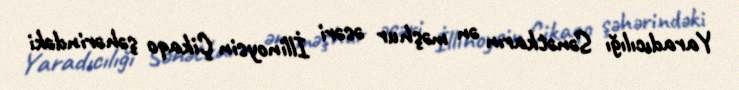
Yaradıcılığı Sənətkarın ən məşhur əsəri İllinoysin Çikaqo şəhərindəki